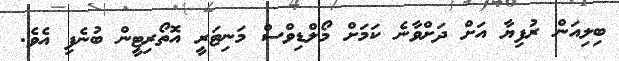
ބިލިއަން ރުފިޔާ އަށް ދަށްވާނެ ކަމަށް މޯލްޑިވްސް މަނިޓަރީ އޮތޯރިޓީން ބުނެފި އެވެ.